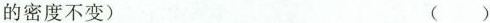
的密度不变) ()